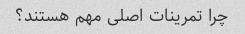
چرا تمرینات اصلی مهم هستند؟